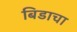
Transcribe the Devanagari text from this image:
बिडाचा